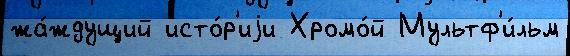
жа́ждущий исто́р'иjи Хромо́й Мультф'и́льм